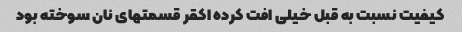
کیفیت نسبت به قبل خیلی افت کرده اکقر قسمتهای نان سوخته بود